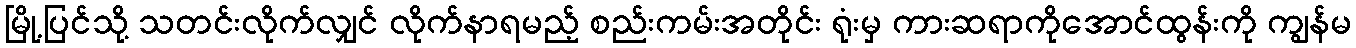
မြို့ပြင်သို့ သတင်းလိုက်လျှင် လိုက်နာရမည့် စည်းကမ်းအတိုင်း ရုံးမှ ကားဆရာကိုအောင်ထွန်းကို ကျွန်မ